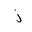
Letter: _zay